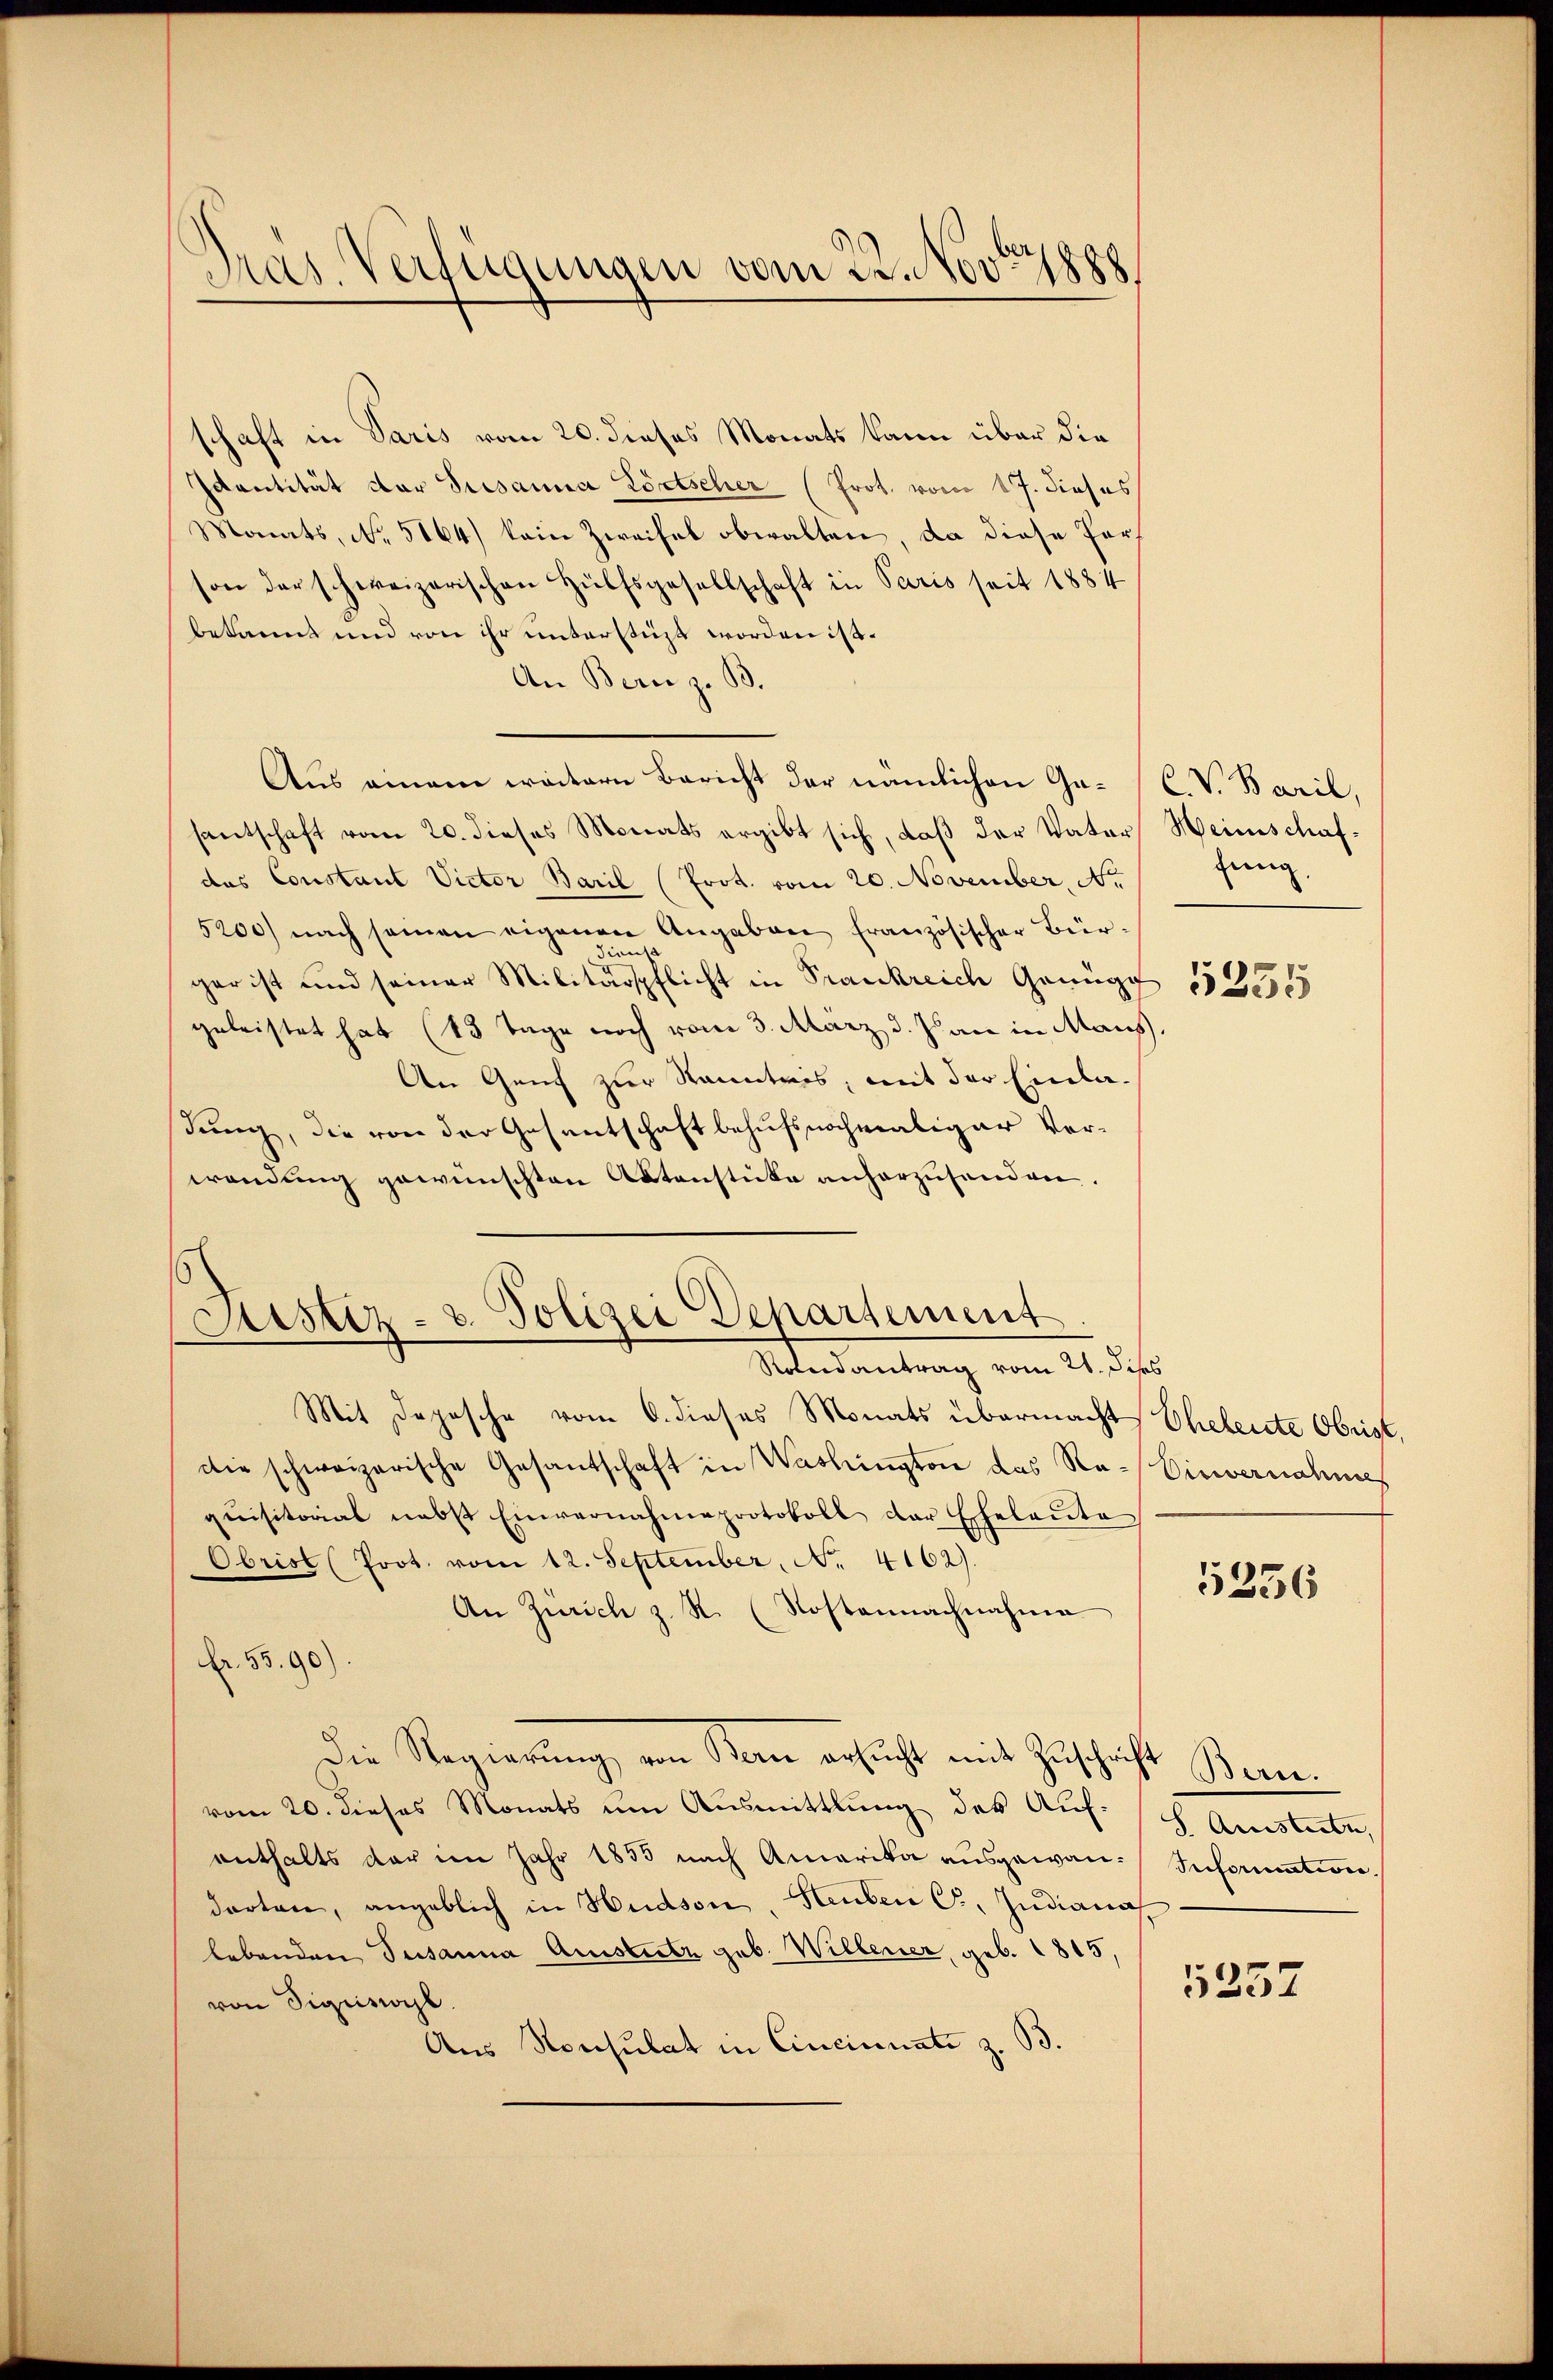
Pras. Verfügungen vom 22. Nov. 1888

schaft in Paris vom 20. dieses Monats kann über die
Ivantität der Susanna Lörtscher (Prot. vom 17. dieses
Monats, No. 5164) kein Zweifel obwalten, da diese Forson der schweizerischen Hülfsgesellschaft in Paris seit 1884
bekannt und von ihr unterstüzt worden ist.
An Bern z. B.
Aus einem weitern Bericht der nämlichen Ge-
santschaft vom 20. dieses Monats ergibt sich, daß der Vater Heinschafdas Constant Victor Baril (Prot. vom 20. November, No.
5200) nach seinen eigenen Angaben französischer Bür-
gar ist und seiner Militärpflicht in Frankreich Genug 1855
geleistet hat (13 Tage noch vom 3. März d. Js. an in Maus.
An Genf zur Kenntnis, mit der Einladung, die von der Gesentschaft behufs nochmaliger Vorwendŭng gewünschten Aktenstücke anherzusenden.
Justiz- u. Polizei Departement
Rondantrag vom 21. Jess
Mit Depesche vom 6. dieses Monats übermacht, Eheleute Obrist,
die schweizerische Gesandschaft in Washington das Raqŭisitorial nebst Einvernahmeprotokoll der Eheleŭte
Obrist (Prot. vom 12. September, No. 4162).
An Zürich z. R. Kostennachnahme
Fr. 55.90)
Die Regierung von Bau ersucht mit Zuschrift Bern.
vom 20. dieses Monats um Ausmittlung des Auf-
enthalts der im Jahr 1855 nach Amerika ausgewandarten, angeblich in Hudson, Stuben C. Indiana,
lebenden Susanna Amstutz geb. Willener, geb. 1815,
von Sigisocl.
Aus Konsulat in Cincinnate z. B.

C. V. Baril,
jung

Sinvernahms

5356

S. Quistoren,
Sreformation.

5357